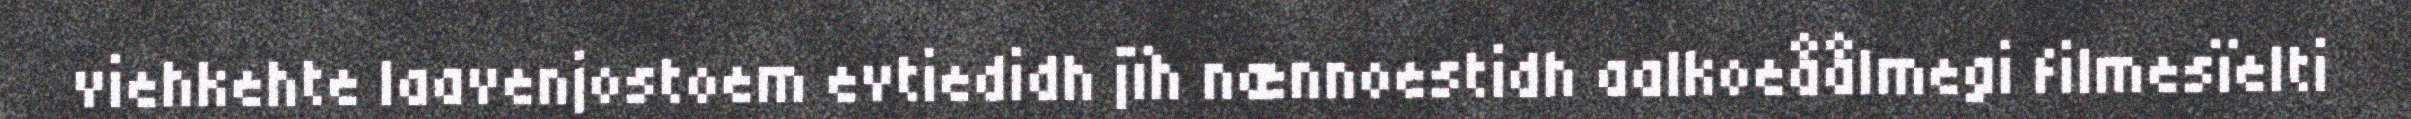
viehkehte laavenjostoem evtiedidh jïh nænnoestidh aalkoeåålmegi filmesïelti